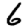
Digit: 6